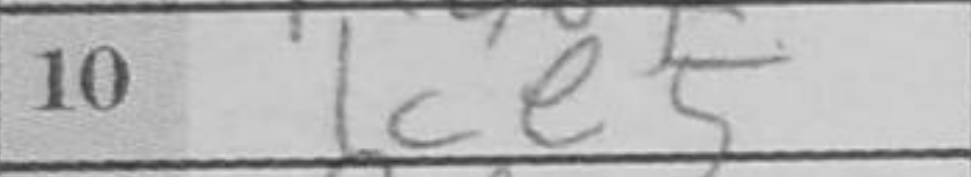
Transcription: Ke5